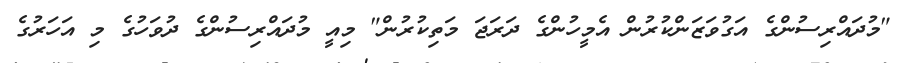
"މުދައްރިސުންގެ އަގުވަޒަންކުރުން އެމީހުންގެ ދަރަޖަ މަތިކުރުން" މިއީ މުދައްރިސުންގެ ދުވަހުގެ މި އަހަރުގެ